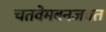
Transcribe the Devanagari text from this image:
चतवेमबनजवत